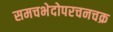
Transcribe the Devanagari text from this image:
समचभेदोपरचनचक्र